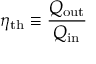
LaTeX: \eta _ { \mathrm { { t h } } } \equiv { \frac { Q _ { \mathrm { { o u t } } } } { Q _ { \mathrm { { i n } } } } }